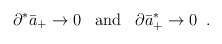
\begin{align*}\partial^*\bar{a}_+ \rightarrow 0 \;\;\; \mbox{and} \;\;\; \partial \bar{a}^*_+ \rightarrow 0 \;\;.\end{align*}